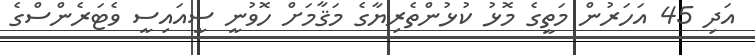
އަދި 45 އަހަރުން މަތީގެ މޮޅު ކުޅުންތެރިޔާގެ މަޤާމަށް ހޮވުނީ ސީއައިސީ ވެޓަރެންސްގެ